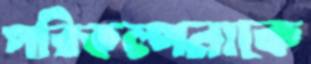
পরিকল্পনাকে